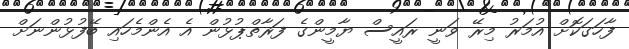
ފާހަގަކޮށް އުމަރު މިރޭ ވަނީ ރައީސް ޔާމީންގެ ފަރާތްޕުޅުން އެ އެންމެހައި ބޭފުޅުންނަށް